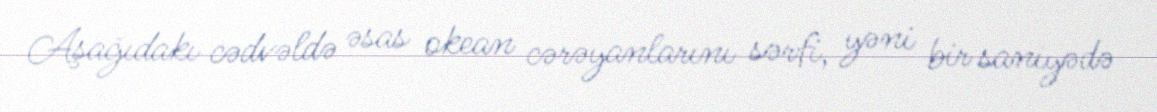
Aşağıdakı cədvəldə əsas okean cərəyanlarını sərfi, yəni bir saniyədə